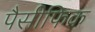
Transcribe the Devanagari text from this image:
पैसीफिक